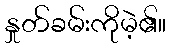
နှုတ်ခမ်းကိုမဲ့၏။